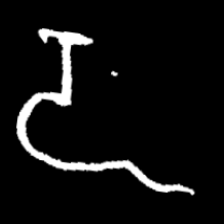
Pyu character \u2014 Myanmar letter: ဍ (romanized: dda)